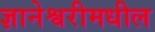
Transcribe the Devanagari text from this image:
ज्ञानेश्वरीमधील